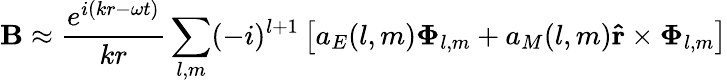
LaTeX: \mathbf{B}\approx{\frac{e^{i(kr-\omega t)}}{kr}}\sum_{l,m}(-i)^{l+1}\left[a_{E}(l,m)\mathbf{\Phi}_{l,m}+a_{M}(l,m)\mathbf{\hat{r}}\times\mathbf{\Phi}_{l,m}\right]